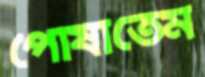
পোষাতেম